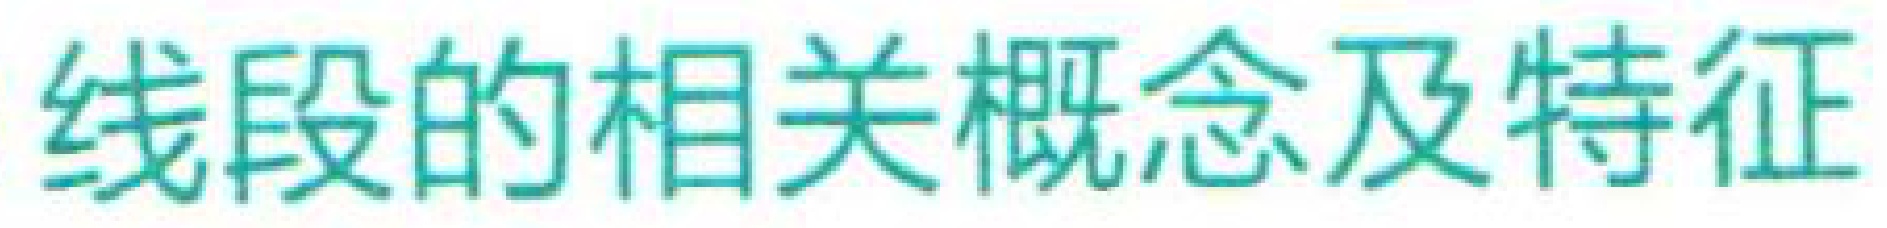
线段的相关概念及特征